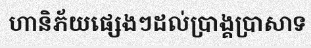
ហានិភ័យផ្សេងៗដល់ប្រាង្គប្រាសាទ